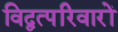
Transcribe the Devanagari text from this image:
विद्वत्परिवारों